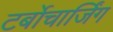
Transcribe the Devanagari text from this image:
टर्बोचार्जिंग